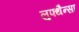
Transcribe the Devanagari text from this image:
लुफ्थैन्सा